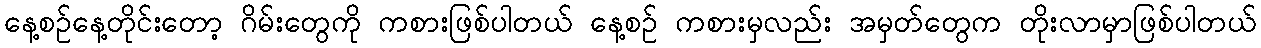
နေ့စဉ်နေ့တိုင်းတော့ ဂိမ်းတွေကို ကစားဖြစ်ပါတယ် နေ့စဉ် ကစားမှလည်း အမှတ်တွေက တိုးလာမှာဖြစ်ပါတယ်